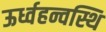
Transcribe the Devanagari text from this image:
ऊर्ध्वहन्वस्थि